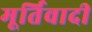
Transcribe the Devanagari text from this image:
मूर्तिवादी